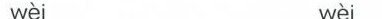
wèi wèi